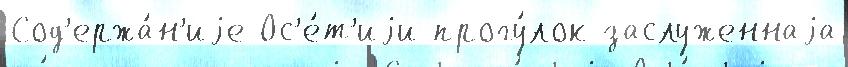
Сод'ержа́н'иjе Ос'е́т'иjи прогу́лок заслуженнаjа